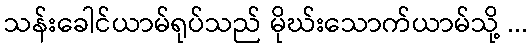
သန်းခေါင်ယာမ်ရုပ်သည် မိုဃ်းသောက်ယာမ်သို့ ...